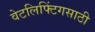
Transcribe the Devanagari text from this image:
वेटलिफ्टिंगसाठी